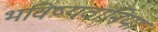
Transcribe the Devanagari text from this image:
भविष्यवानिया